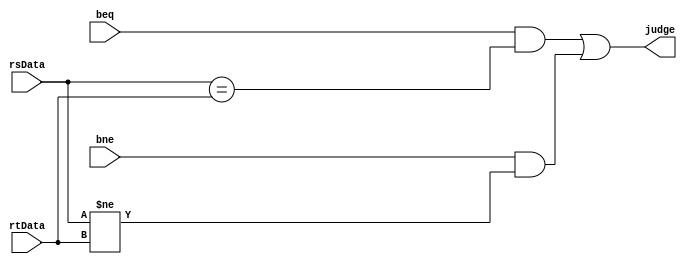
`timescale 1ns / 1ps
//////////////////////////////////////////////////////////////////////////////////
// Company: 
// Engineer: 
// 
// Design Name: 
// Module Name:    D_CMP 
// Project Name: 
// Target Devices: 
// Tool versions: 
// Description: 
//
// Dependencies: 
//
// Revision: 
// Revision 0.01 - File Created
// Additional Comments: 
//
//////////////////////////////////////////////////////////////////////////////////
module D_CMP(
    input [31:0] rsData,
    input [31:0] rtData,
    input beq,
	 input bne,
    output judge
    );

	assign judge = (beq&(rsData==rtData))||(bne&(rsData!=rtData));
	
endmodule